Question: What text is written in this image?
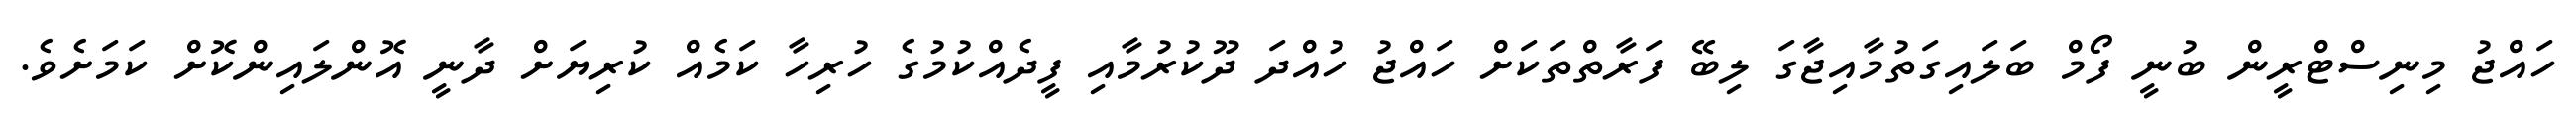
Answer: ހައްޖު މިނިސްޓްރީން ބުނީ ފޯމް ބަލައިގަތުމާއިޖާގަ ލިބޭ ފަރާތްތަކަށް ހައްޖު ހުއްދަ ދޫކުރުމާއި ފީދެއްކުމުގެ ހުރިހާ ކަމެއް ކުރިޔަށް ދާނީ އޮންލައިންކޮށް ކަމަށެވެ.